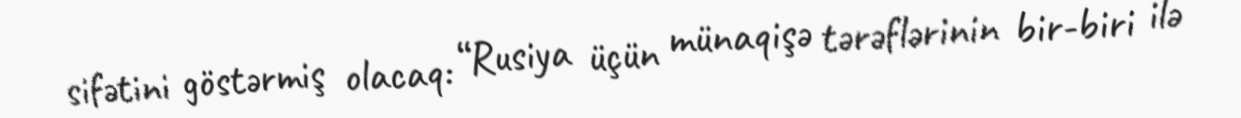
sifətini göstərmiş olacaq: “Rusiya üçün münaqişə tərəflərinin bir-biri ilə